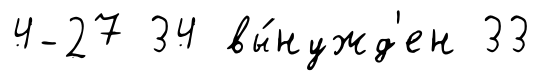
4-27 34 вы́нужд'ен 33